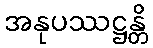
အနုပဿဋ္ဌန္တိ